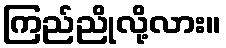
ကြည်ညိုလို့လား။